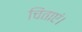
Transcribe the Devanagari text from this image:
चिंताएं।